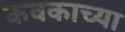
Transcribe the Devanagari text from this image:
कवकाच्या